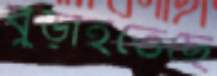
বুড়াইতেছে